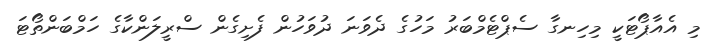
މި އެއާޕޯޓަކީ މިހިނގާ ސެޕްޓެމްބަރު މަހުގެ ދެވަނަ ދުވަހުން ފެށިގެން ސްރީލަންކާގެ ހަމްބަންތޯޓަ